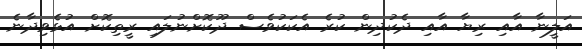
އަލީނާ އާއި ރިޔާ އާއި ދެކުދިން ކުރެ އެކަކުވެސް ދޫކޮށްނުލައި ރީތިކޮށް އުޅެވިދާނެ